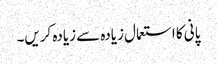
پانی کا استعمال زیادہ سے زیادہ کریں۔